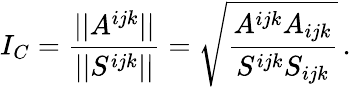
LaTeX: I_{C}=\frac{||A^{ijk}||}{||S^{ijk}||}=\sqrt{\frac{A^{ijk}A_{ijk}}{S^{ijk}S_{ijk}}}\, .